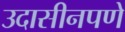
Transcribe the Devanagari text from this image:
उदासीनपणे